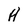
Character: H